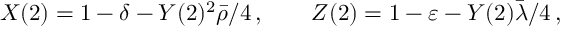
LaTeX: X ( 2 ) = 1 - \delta - Y ( 2 ) ^ { 2 } \bar { \rho } / 4 \, , \qquad Z ( 2 ) = 1 - \varepsilon - Y ( 2 ) \bar { \lambda } / 4 \, ,